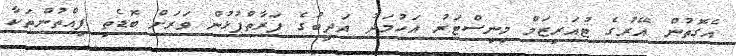
އެގޮތުން އޭރުގެ ޓުއަރިޒަމް މިނިސްޓަރު އަހުމަދު އަދީބުގެ ފަރާތްޕުޅުން ވަރަށް ބޮޑެތި ފިއްތުންތަކާ